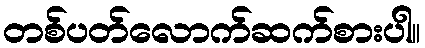
တစ်ပတ်လောက်ဆက်စားပါ။